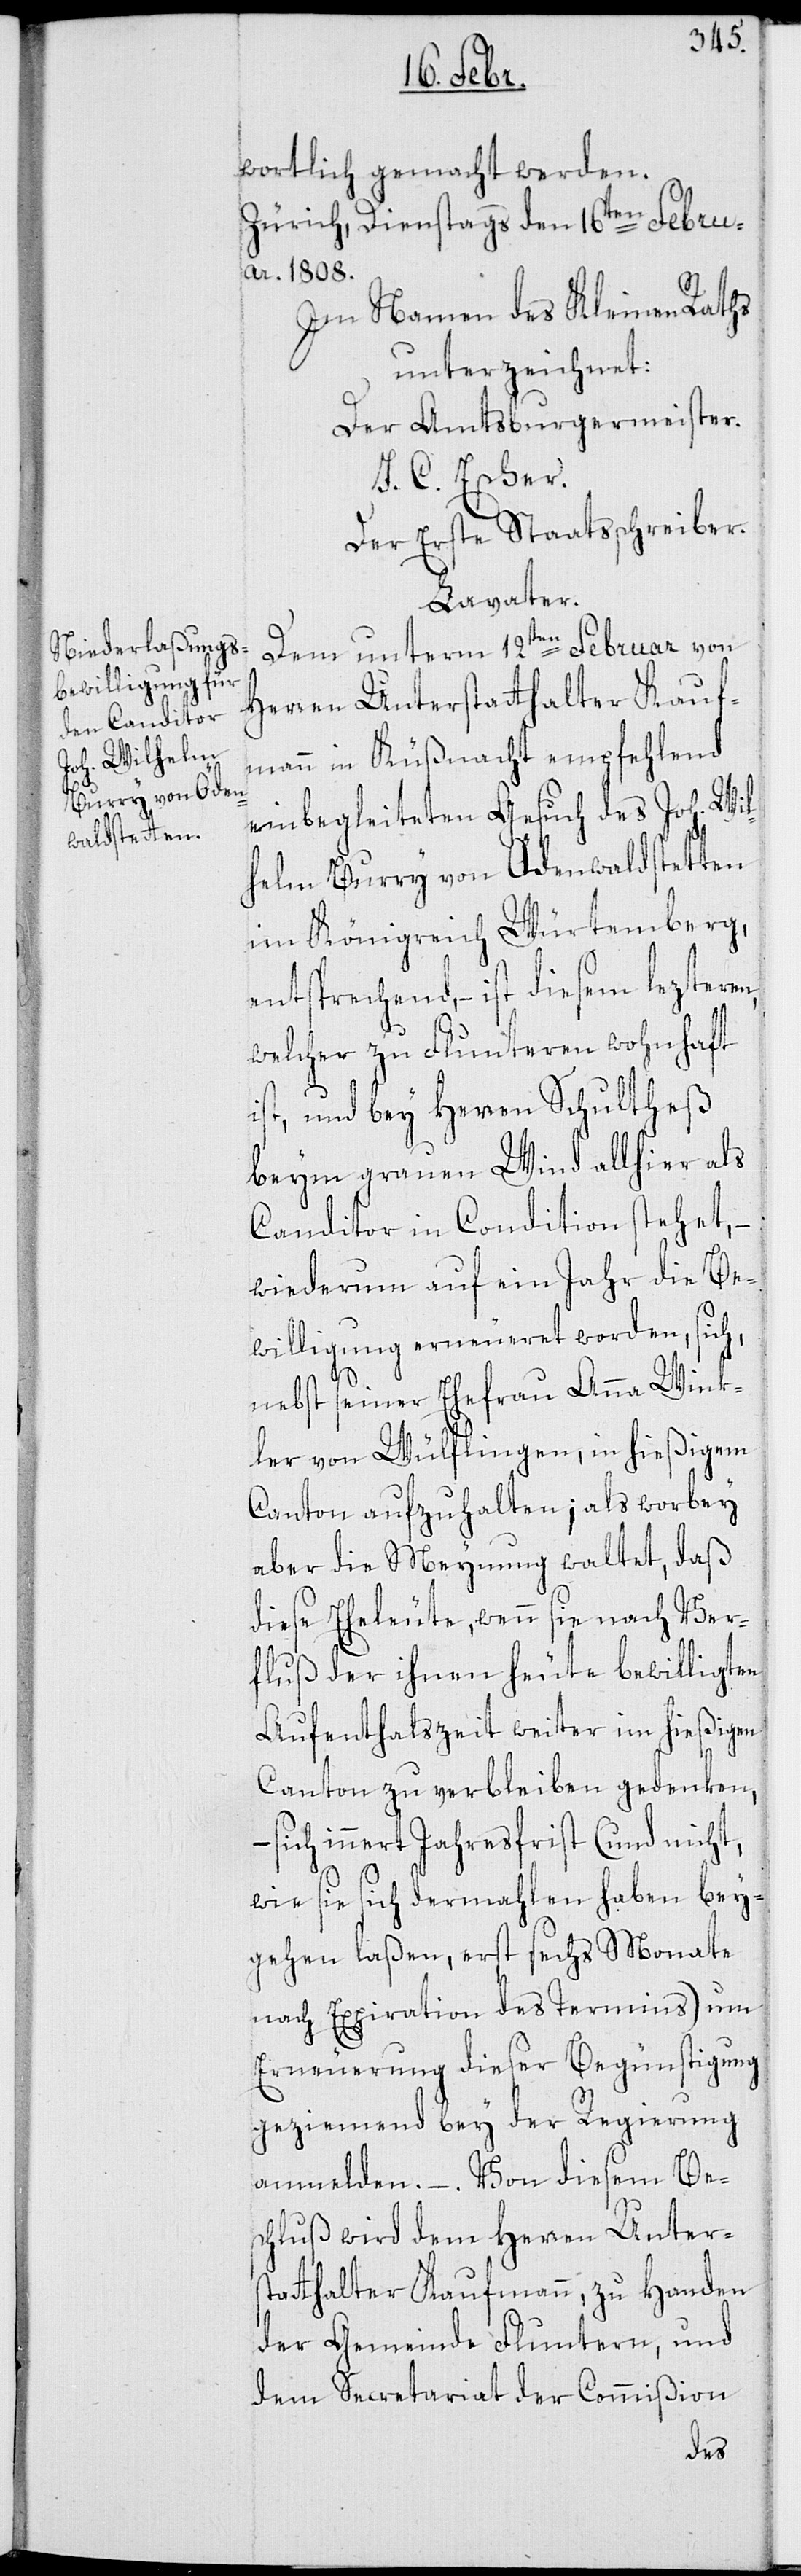
wortlich gemacht werden.
Zürich, Dienstags den 16ten Febru¬
ar 1808.
Im Namen des Kleinen Raths
unterzeichnet:
Der Amtsburgermeister.
J. C. Escher.
Der erste Staatsschreiber.
Lavater.
Dem unterm 12ten Februar von
Herren Unterstatthalter Kauf¬
mann in Küßnacht empfehlend
einbegleiteten Gesuch des Joh. Wil¬
helm Burry von Ödenwaldstetten
im Königreich Würtemberg
entsprechend, – ist diesem lezteren,
welcher zu Fluntern wohnhaft
ist, und bey Herren Schultheß
beym grauen Wind allhier als
Canditor in Condition stehet, –
wiederum auf ein Jahr die Be¬
willigung erneueret worden, sich,
nebst seiner Ehefrau Anna Wink¬
ler von Wülflingen, in hießigem
Canton aufzuhalten; als worbey
aber die Meynung waltet, daß
diese Eheleute, wenn sie nach Ver¬
fluß der ihnen heute bewilligten
Aufenthaltszeit weiter im hießigen
Canton zu verbleiben gedenken,
– sich innert Jahresfrist (und nicht,
wie sie dermahlen haben bey¬
gehen laßen, erst sechs Monate
nach Expiration des Termins) um
Erneuerung dieser Begünstigung
geziemend bey der Regierung
anmelden. – Von diesem Be¬
schluß wird dem Herren Unter¬
statthalter Kaufmann, zu Handen
der Gemeinde Fluntern, und
dem Secretariat der Commißion